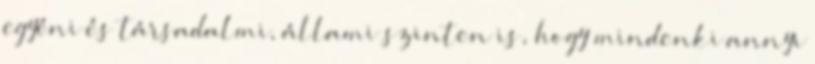
egyéni és társadalmi, állami szinten is, hogy mindenki annyi